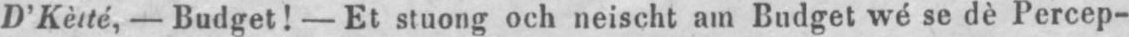
D’Kètté, - Budget! - Et stuong och neischt am Budget wé se dè Percep-